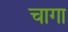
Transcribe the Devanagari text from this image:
चागा